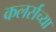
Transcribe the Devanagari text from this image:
कलर्सच्या